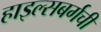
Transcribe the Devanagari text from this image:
हाइल्सबर्गची